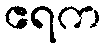
ဧရက